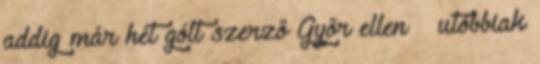
addig már hét gólt szerző Győr ellen – utóbbiak